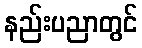
နည်းပညာတွင်